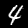
Label: 4